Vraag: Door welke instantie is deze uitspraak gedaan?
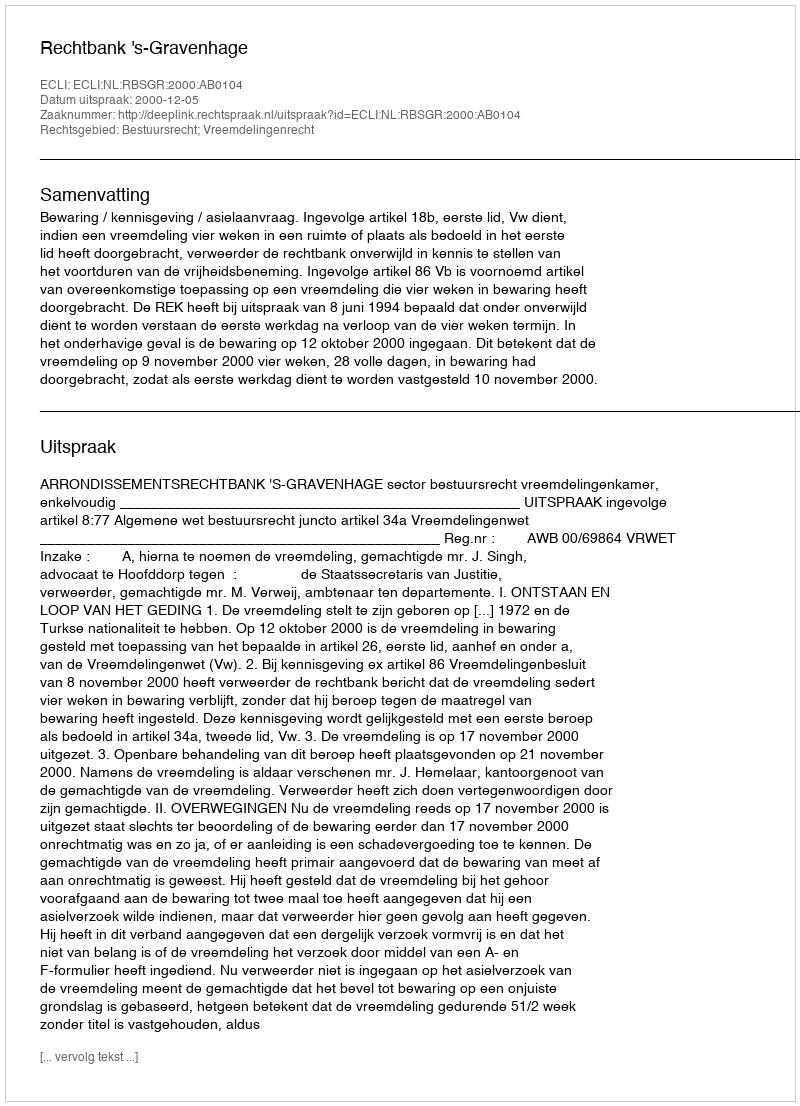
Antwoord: Rechtbank 's-Gravenhage